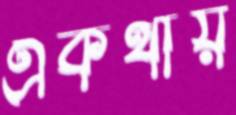
একথায়